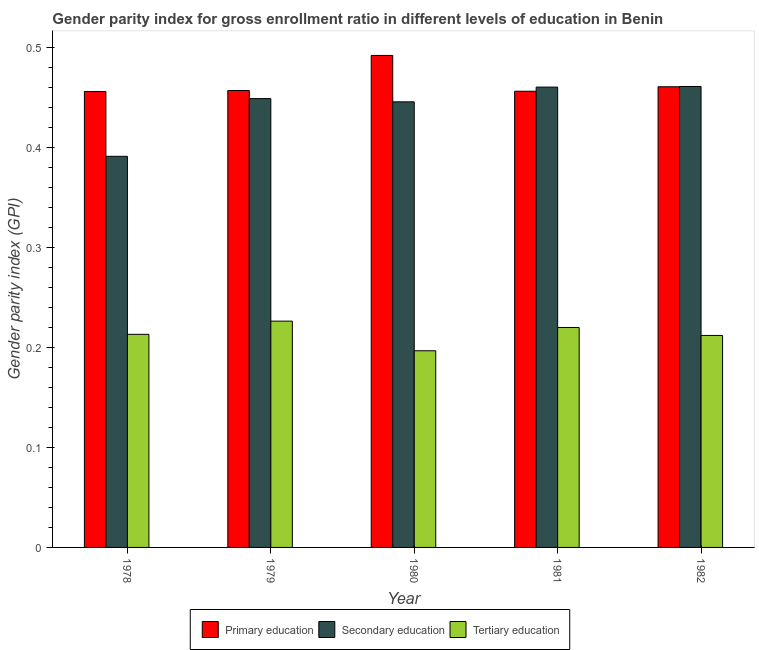
| Year | Primary education | Secondary education | Tertiary education |
 | --- | --- | --- | --- |
 | 1978 | 0.456 | 0.391 | 0.213 |
 | 1979 | 0.457 | 0.449 | 0.226 |
 | 1980 | 0.492 | 0.445 | 0.197 |
 | 1981 | 0.456 | 0.46 | 0.22 |
 | 1982 | 0.461 | 0.461 | 0.212 |